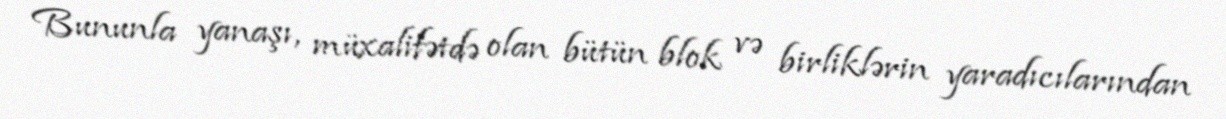
Bununla yanaşı, müxalifətdə olan bütün blok və birliklərin yaradıcılarından